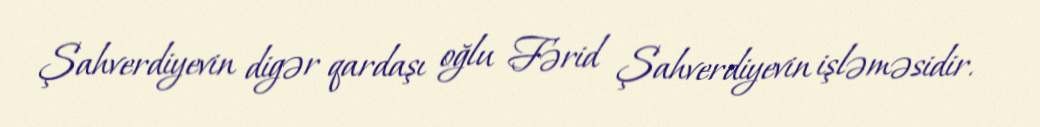
Şahverdiyevin digər qardaşı oğlu Fərid Şahverdiyevin işləməsidir.